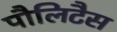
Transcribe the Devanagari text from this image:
पौलिटैस